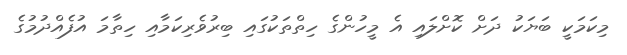
މިކަމަކީ ބަޔަކު ދަށް ކޮށްލައި އެ މީހުންގެ ހިތްތަކުގައި ބިރުވެރިކަމާއި ހިތާމަ އުފެއްދުމުގެ